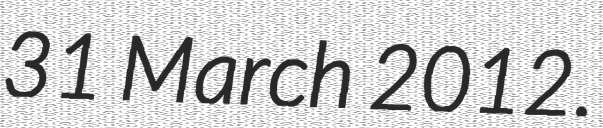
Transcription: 31 March 2012.